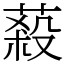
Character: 蔱